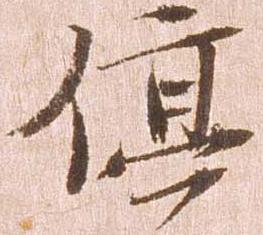
停